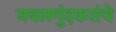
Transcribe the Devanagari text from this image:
नवलगुंदकरांचे